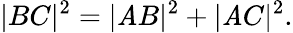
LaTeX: |BC|^{2}=|\mathit{A}B|^{2}+|\mathit{A}C|^{2}.